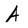
Character: A